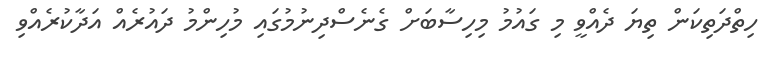
ހިތްދަތިކަން ތިޔަ ދެއްވީ މި ގައުމު މިހިސާބަށް ގެނެސްދިނުމުގައި މުހިންމު ދައުރެއް އަދާކުރެއްވި